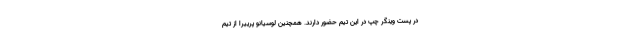
در پست وینگر چپ در این تیم حضور دارند. همچنین لوسیانو پرییرا از تیم